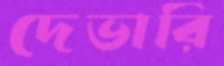
দেভারি